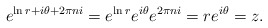
\begin{align*}e^{\ln r + i\theta + 2\pi n i} = e^{\ln r} e^{i\theta} e^{2\pi n i} = r e^{i\theta} = z.\end{align*}